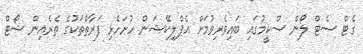
ގެޓް ސެޓް ލޯން ސްކީމުގައި ބައިވެރިވުމަށް އެޕްލިކޭޝަން ހުށަހެޅި ފަރާތްތަކުގެ ތެރެއިން ޝޯޓް